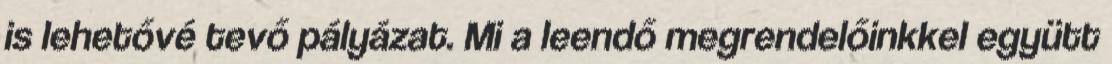
is lehetővé tevő pályázat. Mi a leendő megrendelőinkkel együtt